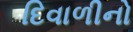
દિવાળીનો